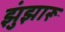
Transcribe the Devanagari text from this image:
झुंझारू